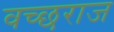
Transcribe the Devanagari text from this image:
वच्छराज